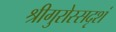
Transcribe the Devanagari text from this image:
श्रीगुरोस्सदृशं